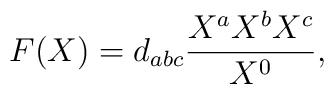
F(X)=d_{abc}{{X^{a}X^{b}X^{c}}\over{X^0}},